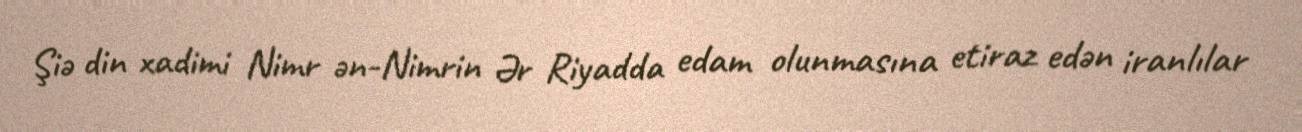
Şiə din xadimi Nimr ən-Nimrin Ər Riyadda edam olunmasına etiraz edən iranlılar